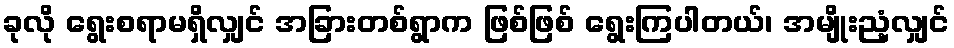
ခုလို ရွေးစရာမရှိလျှင် အခြားတစ်ရွာက ဖြစ်ဖြစ် ရွေးကြပါတယ်၊ အမျိုးညံ့လျှင်